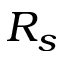
R _ { s }